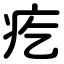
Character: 疙